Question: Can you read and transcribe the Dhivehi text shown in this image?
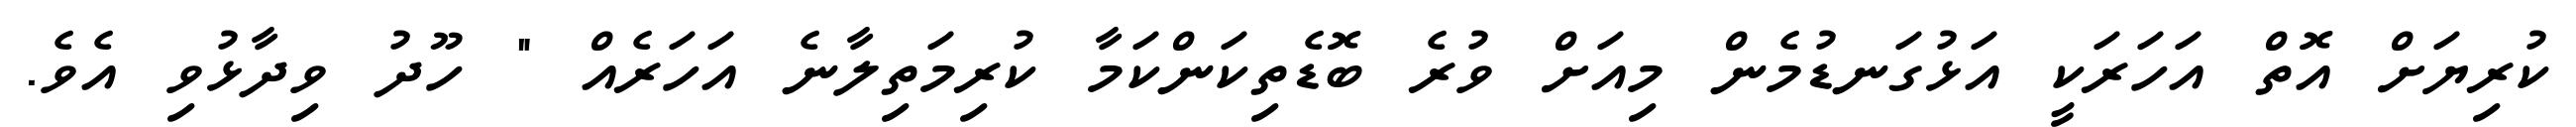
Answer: ކުރިޔަށް އޮތް އަހަރަކީ އަޅުގަނޑުމެން މިއަށް ވުރެ ބޮޑެތިކަންކަމާ ކުރިމަތިލާނެ އަހަރެއް " ހޫދު ވިދާޅުވި އެވެ.